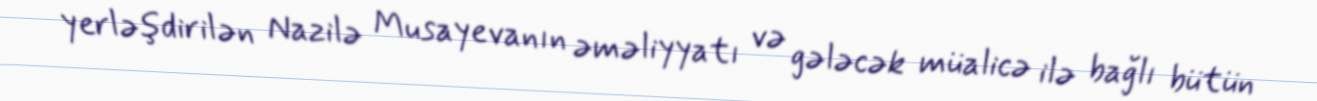
yerləşdirilən Nazilə Musayevanın əməliyyatı və gələcək müalicə ilə bağlı bütün